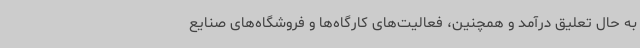
به حال تعلیق درآمد و همچنین، فعالیت‌های کارگاه‌ها و فروشگاه‌های صنایع